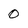
Character: 0